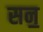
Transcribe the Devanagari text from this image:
सन॒